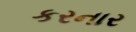
કરનાર